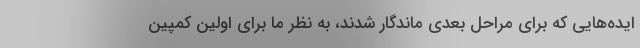
ایده‌هایی که برای مراحل بعدی ماندگار شدند، به نظر ما برای اولین کمپین